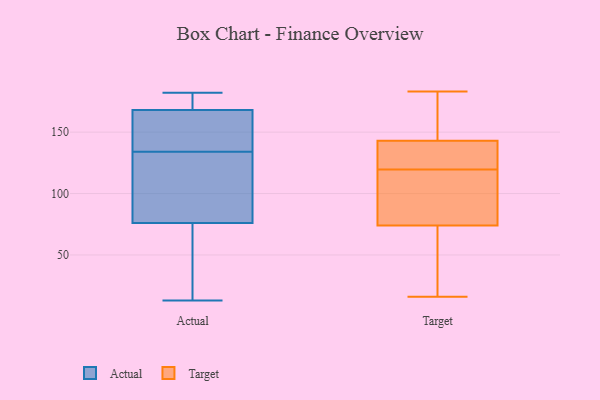
{"axis": {"x": "LTV (USD)", "y": "Value"}, "legend": ["Actual", "Target"], "data": [{"x": "", "y": 182, "type": "Actual"}, {"x": "", "y": 170, "type": "Actual"}, {"x": "", "y": 145, "type": "Actual"}, {"x": "", "y": 130, "type": "Actual"}, {"x": "", "y": 77, "type": "Actual"}, {"x": "", "y": 168, "type": "Actual"}, {"x": "", "y": 48, "type": "Actual"}, {"x": "", "y": 76, "type": "Actual"}, {"x": "", "y": 13, "type": "Actual"}, {"x": "", "y": 138, "type": "Actual"}, {"x": "", "y": 32, "type": "Target"}, {"x": "", "y": 119, "type": "Target"}, {"x": "", "y": 60, "type": "Target"}, {"x": "", "y": 84, "type": "Target"}, {"x": "", "y": 137, "type": "Target"}, {"x": "", "y": 164, "type": "Target"}, {"x": "", "y": 81, "type": "Target"}, {"x": "", "y": 141, "type": "Target"}, {"x": "", "y": 120, "type": "Target"}, {"x": "", "y": 74, "type": "Target"}, {"x": "", "y": 124, "type": "Target"}, {"x": "", "y": 182, "type": "Target"}, {"x": "", "y": 143, "type": "Target"}, {"x": "", "y": 107, "type": "Target"}, {"x": "", "y": 16, "type": "Target"}, {"x": "", "y": 165, "type": "Target"}, {"x": "", "y": 21, "type": "Target"}, {"x": "", "y": 183, "type": "Target"}]}